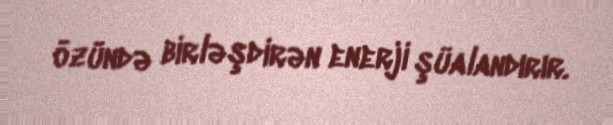
özündə birləşdirən enerji şüalandırır.